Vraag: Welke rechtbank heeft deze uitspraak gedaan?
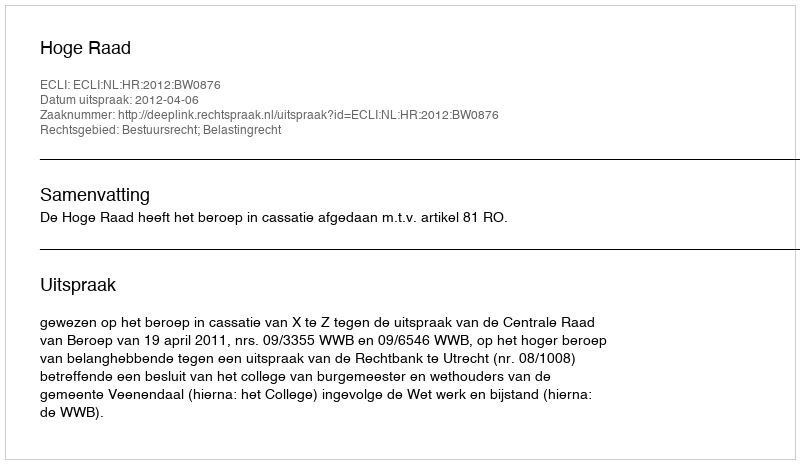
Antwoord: Hoge Raad